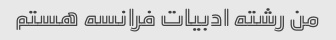
من رشته ادبیات فرانسه هستم